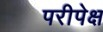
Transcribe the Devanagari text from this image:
परीपेक्ष